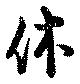
休